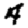
Digit: 4